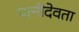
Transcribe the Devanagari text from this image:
पत्नीदेवता